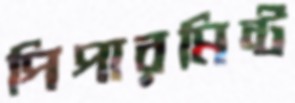
পিপারমিন্ট